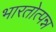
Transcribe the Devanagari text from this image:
भारतोत्पन्न